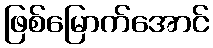
ဖြစ်မြောက်အောင်